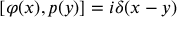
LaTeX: [ \varphi ( x ) , p ( y ) ] = i \delta ( x - y )